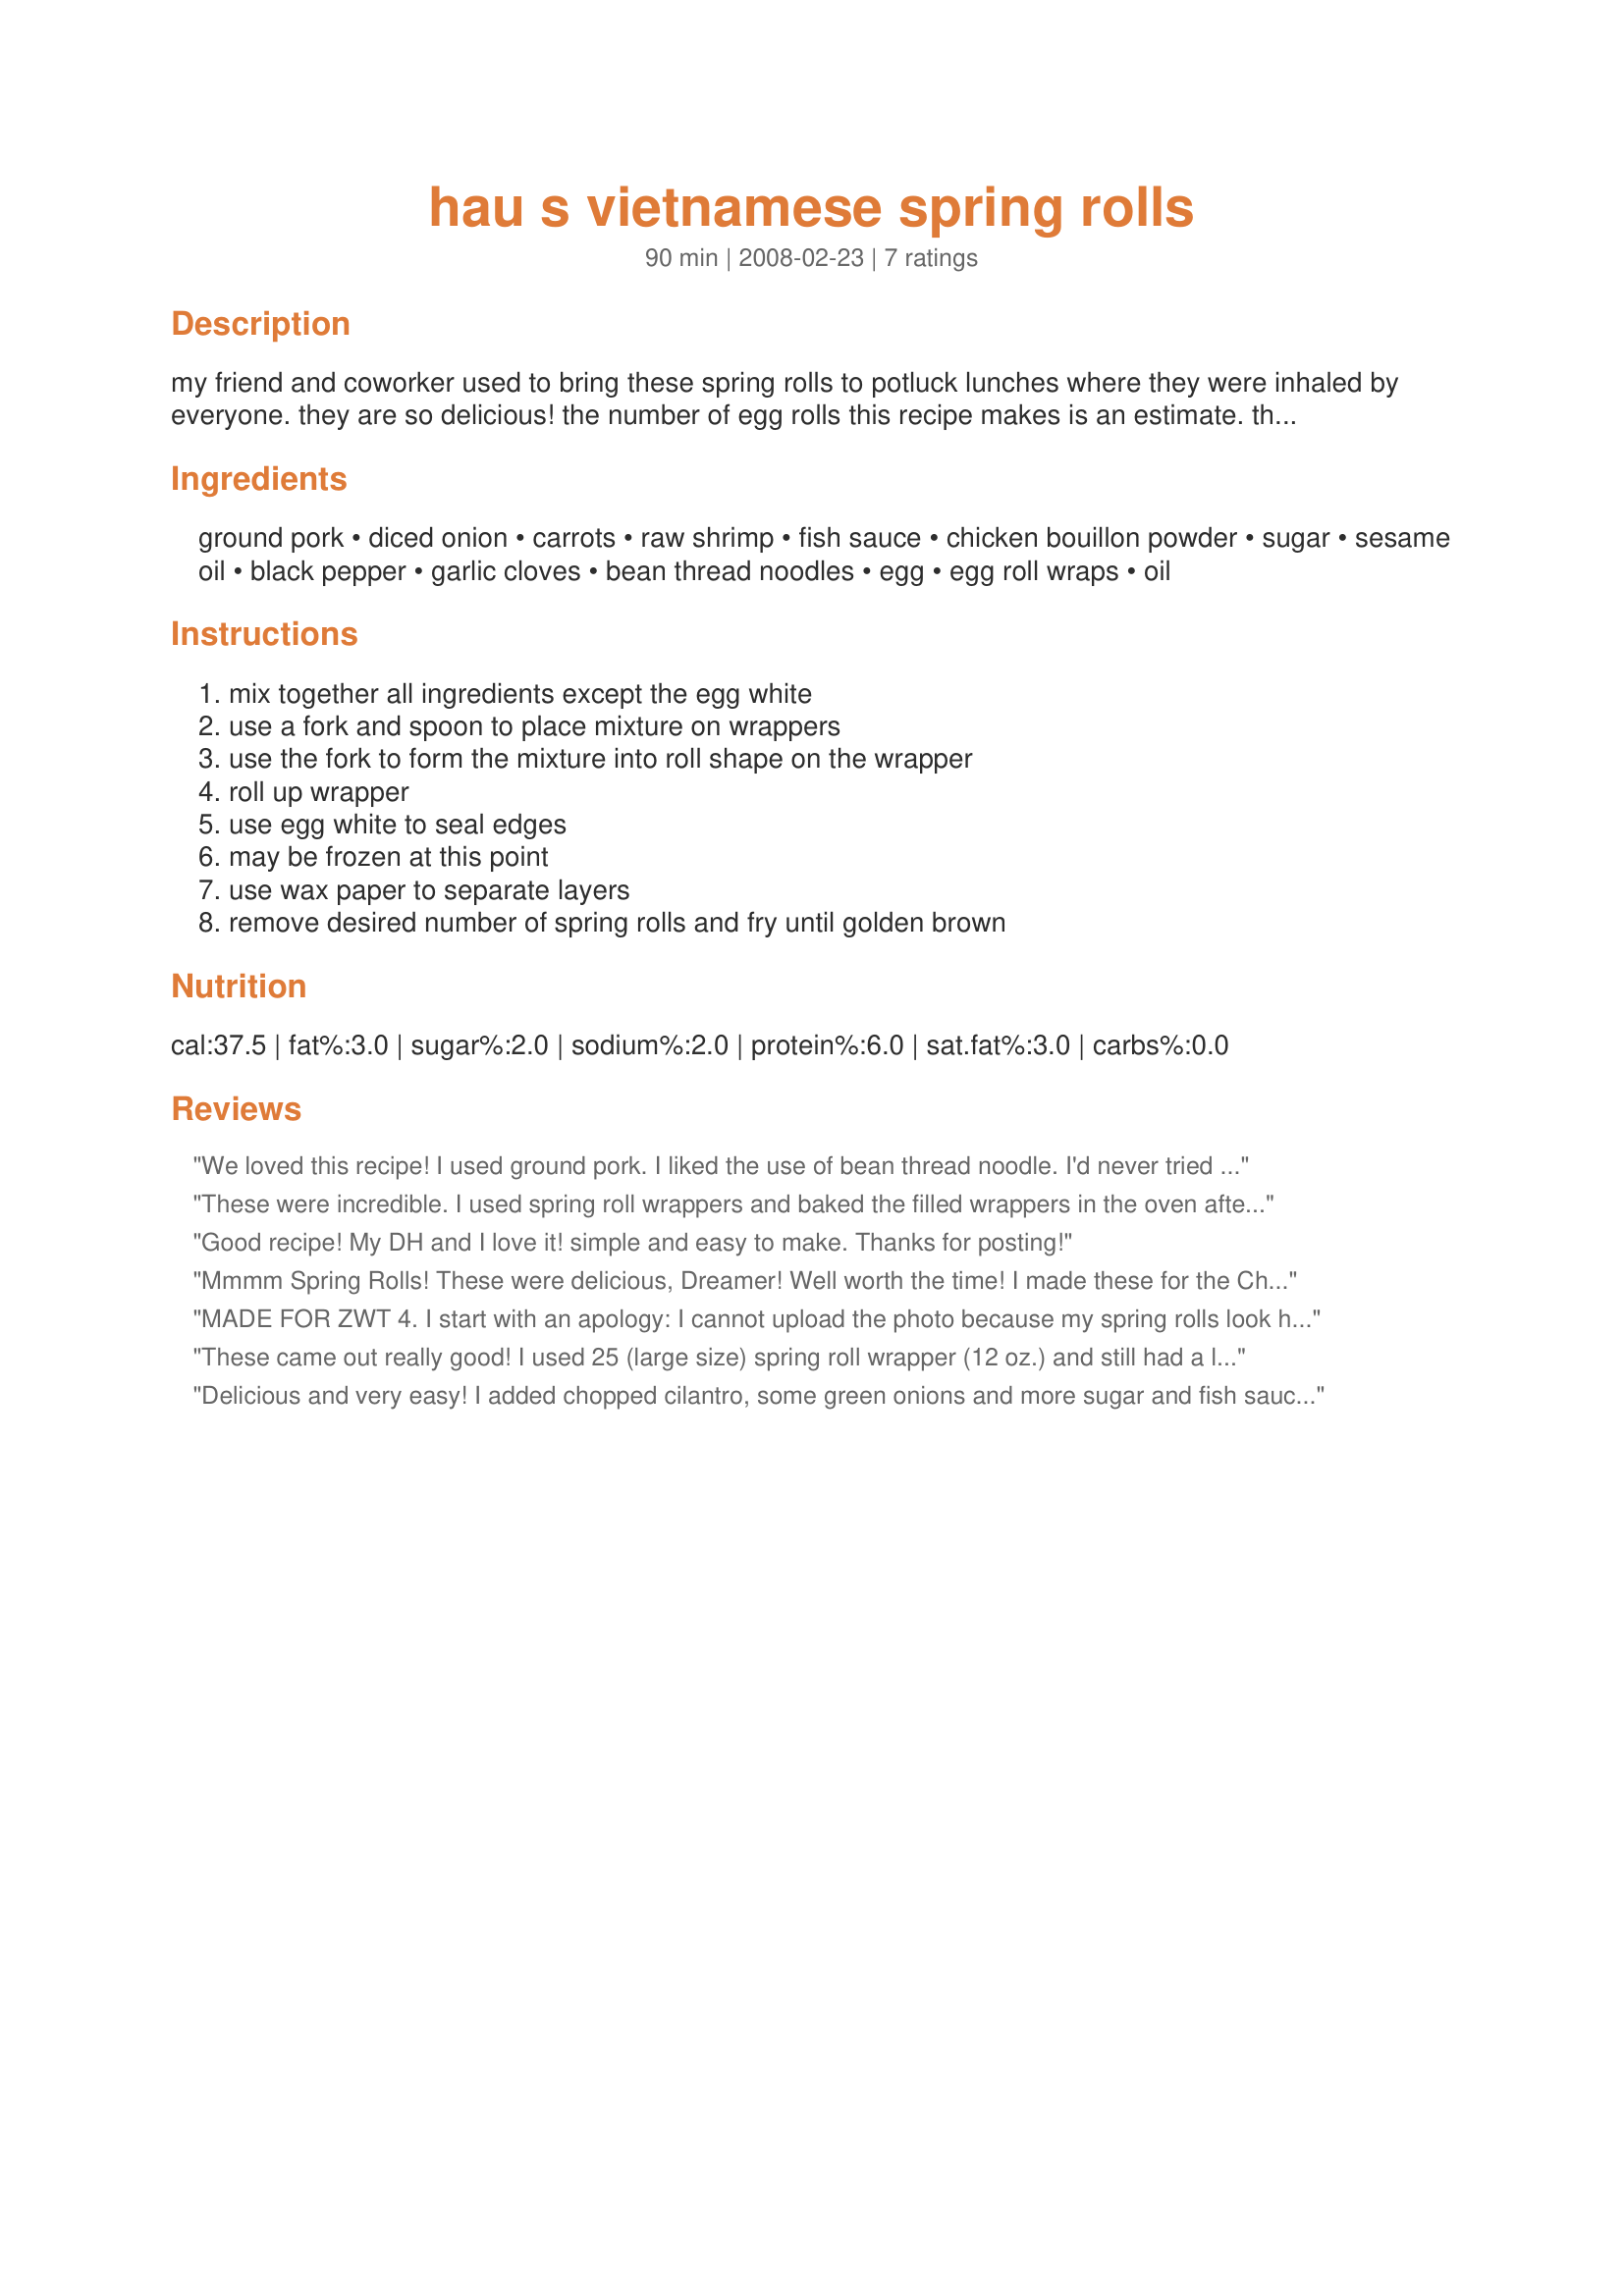
hau s vietnamese spring rolls
Preparation time: 90 minutes

my friend and coworker used to bring these spring rolls to potluck lunches where they were inhaled by everyone. they are so delicious!
the number of egg rolls this recipe makes is an estimate.
the preparation and frying times depend on how quickly you can make the spring rolls and how many you're frying at that time.
the spring rolls can be made ahead of time, frozen and cooked when you need them.

Ingredients:
ground pork, diced onion, carrots, raw shrimp, fish sauce, chicken bouillon powder, sugar, sesame oil, black pepper, garlic cloves, bean thread noodles, egg, egg roll wraps, oil

Steps:
mix together all ingredients except the egg white, use a fork and spoon to place mixture on wrappers, use the fork to form the mixture into roll shape on the wrapper, roll up wrapper, use egg white to seal edges, may be frozen at this point, use wax paper to separate layers, remove desired number of spring rolls and fry until golden brown

Reviews:
We loved this recipe! I used ground pork. I liked the use of bean thread noodle. I'd never tried it that way before. It was easy to make, fried up nice, and tasted fantastic! Thanks for sharing. Made for ZWT 6.
These were incredible. I used spring roll wrappers and baked the filled wrappers in the oven after I sprayed them with Pam. I cooked for 30 minutes, turning them at half time. I decided to cook my onion and carrot and then added the meat. Once it was cooked I drained the meat well and added the remaining ingredients. Because I cooked in the oven, I was afraid the meat would not cook properly. I subbed oyster sauce for the fish sauce and mixed all in the food processor(except noodles). I had a bit of filling left over and these made 24 rolls for me. I think these would be great to make ahead and freeze. Thanks for a great recipe.
Good recipe! My DH and I love it! simple and easy to make. Thanks for posting!
Mmmm Spring Rolls! These were delicious, Dreamer! Well worth the time! I made these for the Chinese/Vietnamese New Year Tag Game - February 2008. I used half ground pork and half ground chicken, but otherwise followed the recipe exactly. I served these with recipe #188736 which is a great Thai multi-purpose dipping sauce. I know that Thai was not part of this game, but I find that the flavours in the two cuisines are quite similar and complement each other nicely. Thank-you, Dreamer, for a wonderful contribution. This will be making an appearance, in our house, on a regular basis.
MADE FOR ZWT 4. I start with an apology: I cannot upload the photo because my spring rolls look horrendous!! I only had 1 packet of dough, and found that it had become damp in the fridge and had hardened: I just could not do one decent roll!! It was also the first time I had ever made spring rolls!! Nevertheless, they tasted delicious! The ugliness was all my fault: the recipe is great! I would like to mention that I don't think you can make 50 rolls with these. Maybe closer to 15 - 20 of normal size (more if tiny). This recipe is so easy: I ground the chicken in the processor, and added the onion, pulsing a few times. Then I tipped it into a bowl and added the rest of the ingredients. Really quick. Now if only I can get my hands on spring roll dough again -- very rare in my neck of the woods!! Thanks for a great taste!
These came out really good! I used 25 (large size) spring roll wrapper (12 oz.) and still had a lot of the meat mixture left over. I made sure to only use about a finger widths worth of the mixture to make sure that they cooked through. Next time I will use half as much onion and would not suggest using red onion as it looks like uncooked meat once it is cooked. I'll be going to the store tomorrow to buy more wrappers! Thanks Dreamer!
Delicious and very easy! I added chopped cilantro, some green onions and more sugar and fish sauce (just my own preference). Next time, I'll try baking them. Thanks for the great recipe!
